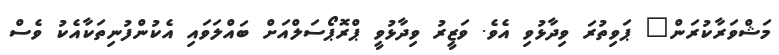
މަޝްވަރާކުރަން" ޕަވިތުރަ ވިދާޅުވި އެވެ. ވަޒީރު ވިދާޅުވީ ޕްރޮޕޯސަލްއަށް ބައްލަވައި އެކުންފުނިތަކާއެކު ވެސް